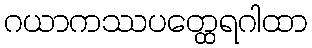
ဂယာကဿပတ္ထေရဂါထာ